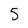
Character: 5